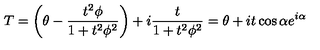
T = \left( \theta - \frac { t ^ { 2 } \phi } { 1 + t ^ { 2 } \phi ^ { 2 } } \right) + i \frac { t } { 1 + t ^ { 2 } \phi ^ { 2 } } = \theta + i t \cos \alpha e ^ { i \alpha }